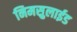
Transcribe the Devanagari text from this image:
निमसुलाईड